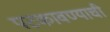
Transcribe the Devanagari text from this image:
पटकावण्याची